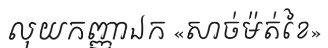
លុយកញ្ញាឯក «សាច់ម៉ត់ខៃ»